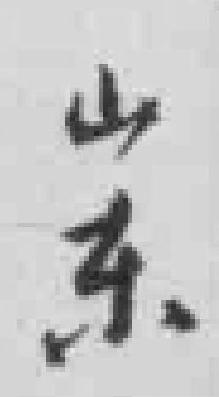
山东